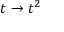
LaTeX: t \to t ^ { 2 }